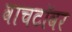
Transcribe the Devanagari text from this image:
वाचटॉवर